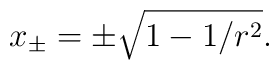
x_{\pm} = \pm\sqrt{1-1/r^{2}}.